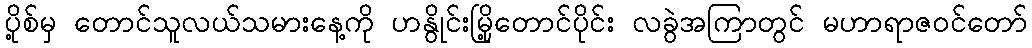
ပို့စ်မှ တောင်သူလယ်သမားနေ့ကို ဟနွိုင်းမြို့တောင်ပိုင်း လခွဲအကြာတွင် မဟာရာဇဝင်တော်